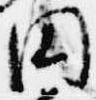
円